Investigations on Bengal jail dietaries - Number 37
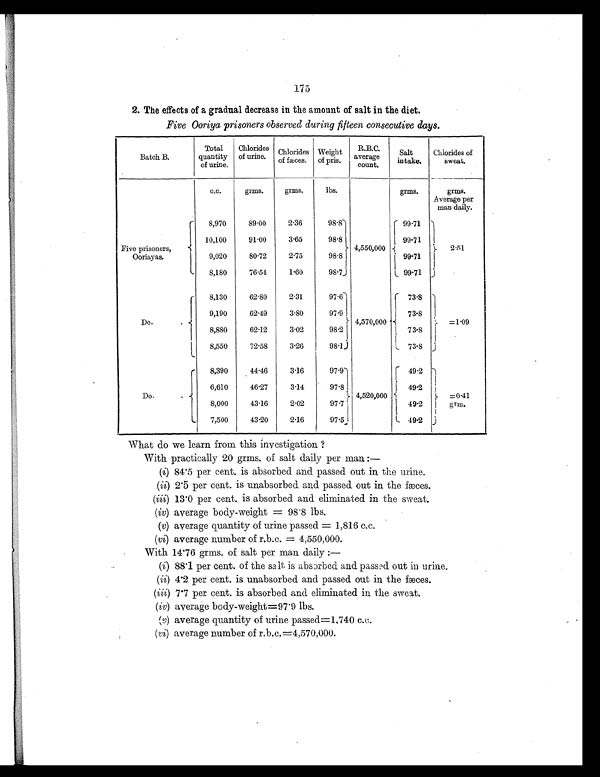
175
2. The effects of a gradual decrease in the amount of salt in the diet.
Five Ooriya prisoners observed during fifteen consecutive days.
Batch B.
Total
quantity
of urine.
Chlorides
of urine. Chlorides
of fæces.
Weight
of pris.
R.B.C.
average
count.
Salt
intake.
Chlorides of
sweat.
c.c.
grms.
grms.
lbs.
grms.
grms.
Average per
man daily.
Five prisoners,
Ooriayas.
8,970
89.00
2.36
98.8
4,550,000
99.71
2.51
10,100
91.00
3.65
98.8
99.71
9,020
80.72
2.75
98.8
99.71
8,180
76.54
1.60
98.7
99.71
D o .
.
8,130
62.80
2.31
97.6
4,570,000
73.8
=1.09
9,190
62.49
3.80
97.9
73.8
8,880
62.12
3.02
98.2
73.8
8,550
72.58
3.26
98.1
73.8
Do.
.
8,390
44.46
3.16
97.9
4,520,000
49.2
=0.41
gr
m.
6,610
46.27
3.14
97.8
49.2
8,000
43.16
2.02
97.7
49.2
7,500
43.20
2.16
97.5
49.2
What do we learn from this investigation ?
With practically 20 grms. of salt daily per man:—
(i) 84.5 per cent. is absorbed and passed out in the urine.
(ii) 2.5 per cent. is unabsorbed and passed out in the fæces.
(iii) 13.0 per cent. is absorbed and eliminated in the sweat.
(iv) average body-weight = 98.8 lbs.
(v) average quantity of urine passed = 1,816 c.c.
(vi) average number of r.b.c. = 4,550,000.
With 14.76 grms. of salt per man daily:—
(i) 88.1 per cent. of the salt is absorbed and passed out in urine.
(ii) 4.2 per cent. is unabsorbed and passed out in the fæces.
(iii) 7.7 per cent. is absorbed and eliminated in the sweat.
(iv) average body-weight=97.9 lbs.
(v) average quantity of urine passed=1,740 c.c.
(vi) average number of r.b.c.=4,570,000.